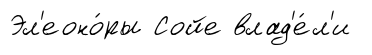
Эл'еоно́ры Сойе влад'е́л'и